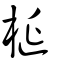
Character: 脠